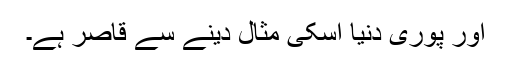
اور پوری دنیا اسکی مثال دینے سے قاصر ہے۔